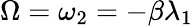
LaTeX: \Omega=\omega_{2}=-\beta\lambda_{1}